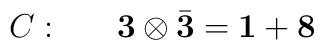
C:~~~~~{\bf 3} \otimes \bar{\bf 3} = {\bf 1} + {\bf 8}